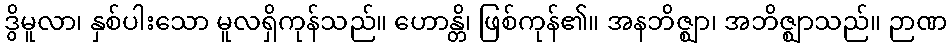
ဒွိမူလာ၊ နှစ်ပါးသော မူလရှိကုန်သည်။ ဟောန္တိ၊ ဖြစ်ကုန်၏။ အနဘိဇ္ဈာ၊ အဘိဇ္ဈာသည်။ ဉာဏ